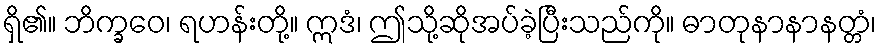
ရှိ၏။ ဘိက္ခဝေ၊ ရဟန်းတို့။ ဣဒံ၊ ဤသို့ဆိုအပ်ခဲ့ပြီးသည်ကို။ ဓာတုနာနာနတ္တံ၊